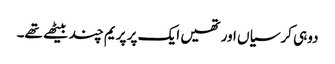
دوہی کرسیاں اور تھیں ایک پر پریم چند بیٹھے تھے۔